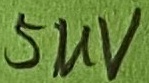
Text: 5UV